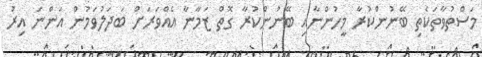
މަސްތުވާތަކެތި ބޭނުންކުރާ މީހުންނާއި ބޭނުންކުރާ ގޮތް ޒަމާނާ އެއްވަރަށް ބަދަލުވަމުން އަންނަ އިރު